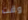
وقت